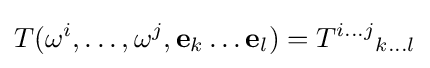
T(\omega ^{i},\ldots ,\omega ^{j},\mathbf {e} _{k}\ldots \mathbf {e} _{l})={T^{i\ldots j}}_{k\ldots l}